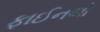
ફાઈનલો